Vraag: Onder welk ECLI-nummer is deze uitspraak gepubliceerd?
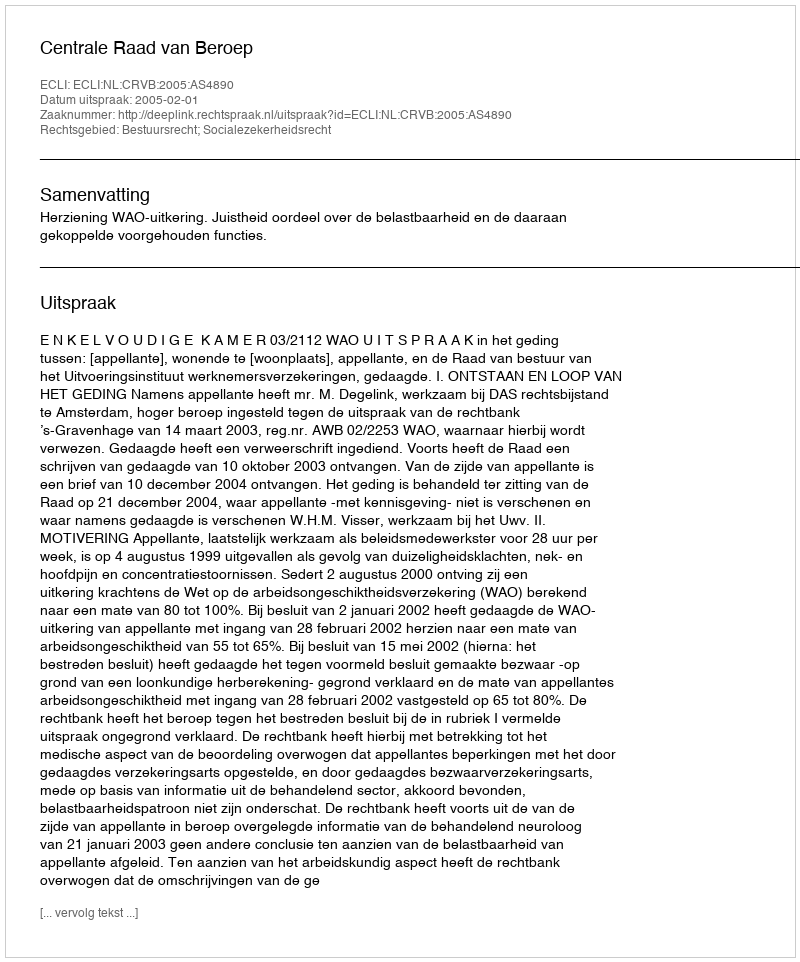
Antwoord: ECLI:NL:CRVB:2005:AS4890